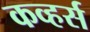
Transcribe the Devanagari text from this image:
कव्हर्स